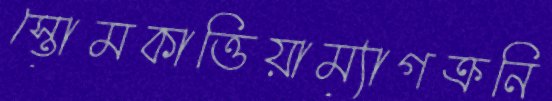
স্তোমকাত্তিয়াম্যাগক্রনি